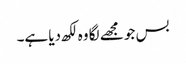
بس جو مجھے لگا وہ لکھ دیا ہے۔